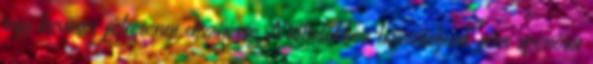
egy keveset félretenni díszítésre. A töltelékhez használjunk friss spenótot